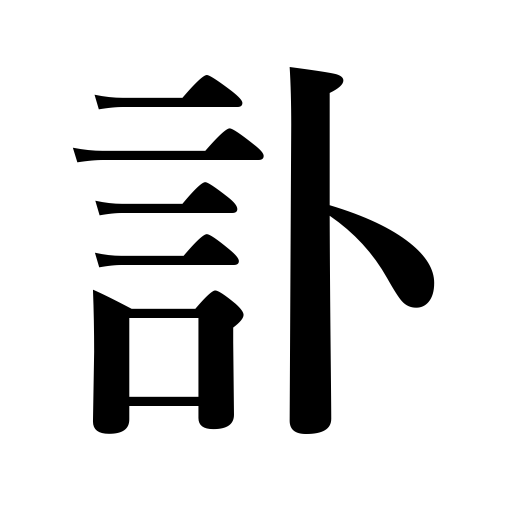
Meanings: report of a death,obituary